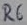
Text: R6